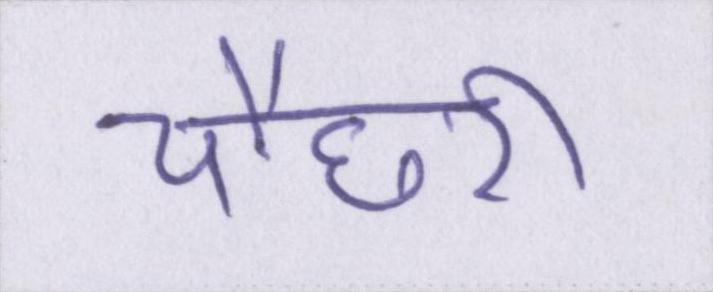
चौधरी